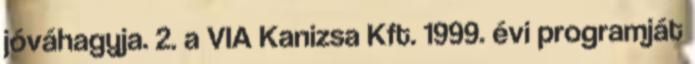
jóváhagyja. 2. a VIA Kanizsa Kft. 1999. évi programját